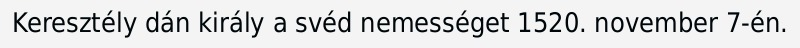
Keresztély dán király a svéd nemességet 1520. november 7-én.